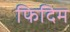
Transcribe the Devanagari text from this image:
फिदिम